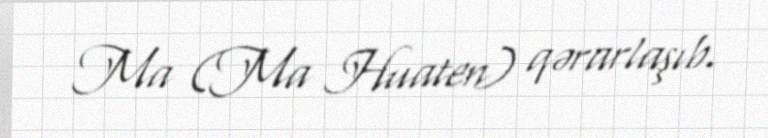
Ma (Ma Huaten) qərarlaşıb.